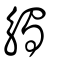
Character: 觸